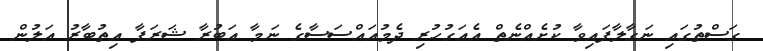
ގަސްތުގައި ނަގާލާފައިވާ ކުށެއްނެތް އެއަގުހުރި ދެމުއައްސަސާގެ ނަމާ އަބުރާ ޝަރަފާ އިތުބާރު އަލުން